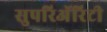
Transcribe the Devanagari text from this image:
सुपरिअॅरिटी